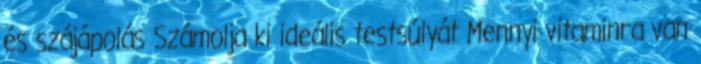
és szájápolás Számolja ki ideális testsúlyát Mennyi vitaminra van